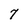
Character: 7